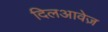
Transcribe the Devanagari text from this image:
दिलआवेज़